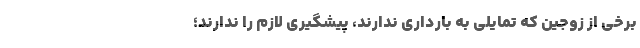
برخی از زوجین که تمایلی به بارداری ندارند، پیشگیری لازم را ندارند؛